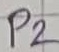
Text: P2